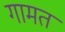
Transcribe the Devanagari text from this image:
गामत